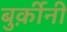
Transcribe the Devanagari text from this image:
बुर्क़ीनी